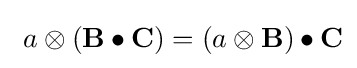
\ a\otimes (\mathbf {B} \bullet \mathbf {C} )=(a\otimes \mathbf {B} )\bullet \mathbf {C}